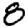
Digit: 8